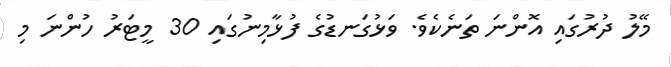
މޭލު ދުރުގައި އޮންނަ ތަނެކެވެ. ވަޅުގަނޑުގެ ފުޅާމިނުގައި 30 މީޓަރު ހުންނަ މި